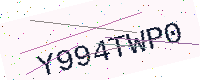
Text: Y994TWP0